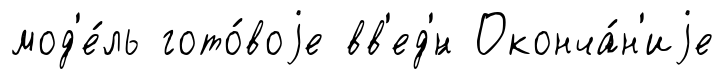
мод'е́ль гото́воjе вв'ед'́н Оконча́н'иjе